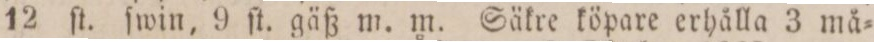
12 ſt. ſwin, 9 ſt. gäß m. m. Säkre köpare erhålla 3 må=